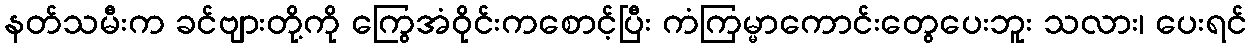
နတ်သမီးက ခင်ဗျားတို့ကို ကြွေအံဝိုင်းကစောင့်ပြီး ကံကြမ္မာကောင်းတွေပေးဘူး သလား၊ ပေးရင်